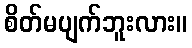
စိတ်မပျက်ဘူးလား။